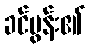
ခင်ပွန်း၏